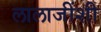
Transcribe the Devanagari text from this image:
लालाजींशी